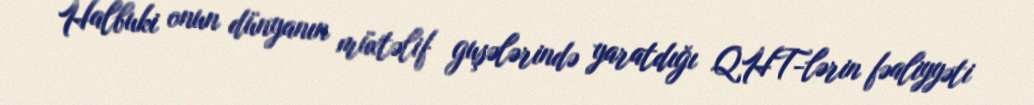
Halbuki onun dünyanın müxtəlif guşələrində yaratdığı QHT-lərin fəaliyyəti